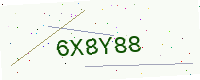
Text: 6X8Y88